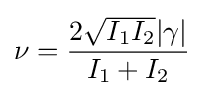
\nu ={\frac {2{\sqrt {I_{1}I_{2}}}|\gamma |}{I_{1}+I_{2}}}